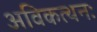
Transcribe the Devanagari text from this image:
अविकत्थनः